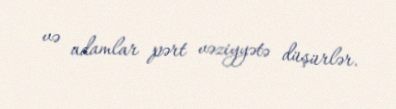
və adamlar pərt vəziyyətə düşürlər.